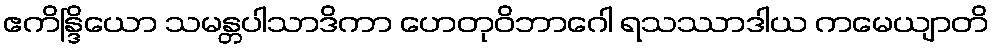
ဧကိန္ဒြိယော သမန္တပါသာဒိကာ ဟေတုဝိဘာဂေါ ရသဿာဒါယ ကမေယျာတိ